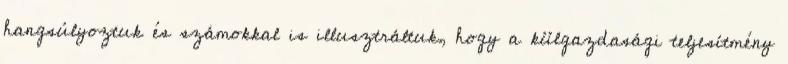
hangsúlyoztuk és számokkal is illusztráltuk, hogy a külgazdasági teljesítmény